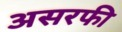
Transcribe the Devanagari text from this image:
असरफी